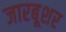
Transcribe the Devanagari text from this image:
जारबूशर